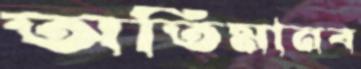
অতিমানব